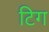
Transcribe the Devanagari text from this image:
टिग